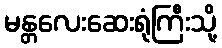
မန္တလေးဆေးရုံကြီးသို့